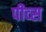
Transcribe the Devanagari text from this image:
पीव्स